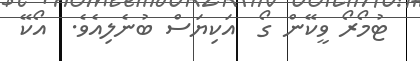
ޓުމޯރޯ ވީކޭން ގޯ  އަކިޔަސް ބުނެލިއެވެ.  އޯކޭ